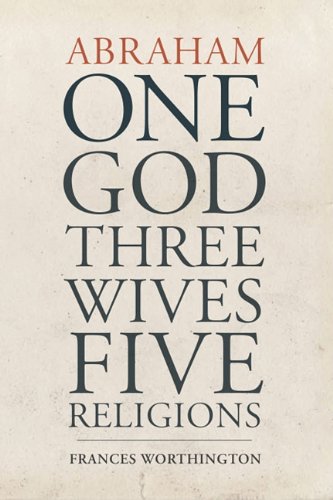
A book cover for Abraham: One God, Three Wives, Five Religions; Frances Worthington; Religion & Spirituality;